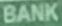
BANK